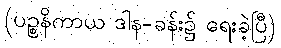
(ပဉ္စနိကာယ ဒါန-ခန်း၌ ရေးခဲ့ပြီ)